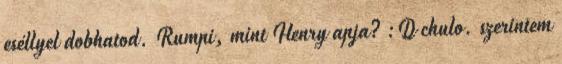
eséllyel dobhatod. Rumpi, mint Henry apja? :D chulo. szerintem